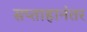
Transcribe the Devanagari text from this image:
सप्ताहानंतर